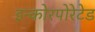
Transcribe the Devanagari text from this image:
इन्कोरपोरेटेड